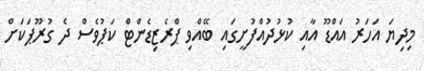
މިދިޔަ އަހަރު އައްޑޫ އާއި ކުޅުދުއްފުށީގައި ބޭއްވި ޕްރެޒިޑެންޓް ކަޕުވެސް ދެ ގުރޫޕަކަށް